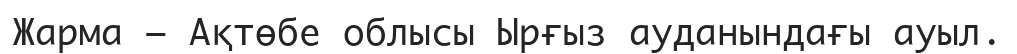
Жарма — Ақтөбе облысы Ырғыз ауданындағы ауыл.